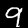
Label: 9